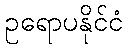
ဥရောပနိုင်ငံ